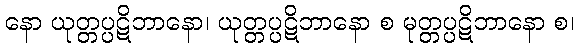
နော ယုတ္တပ္ပဋိဘာနော၊ ယုတ္တပ္ပဋိဘာနော စ မုတ္တပ္ပဋိဘာနော စ၊